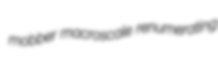
mobber macroscale renumerating